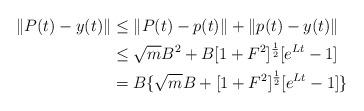
LaTeX: \begin{align*}\|P(t)-y(t)\|&\le\|P(t)-p(t)\|+\|p(t)-y(t)\|\\&\le \sqrt{m}B^2+B[1+F^2]^{\frac{1}{2}}[e^{Lt}-1]\\&= B\{\sqrt{m}B+[1+F^2]^{\frac{1}{2}}[e^{Lt}-1]\}\end{align*}